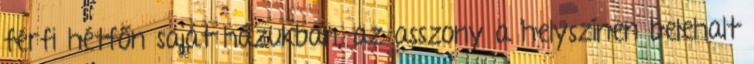
férfi hétfőn saját házukban, az asszony a helyszínen belehalt